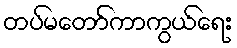
တပ်မတော်ကာကွယ်ရေး